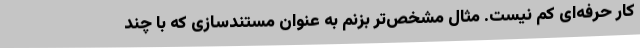
کار حرفه‌ای کم نیست. مثال مشخص‌تر بزنم به عنوان مستندسازی که با چند